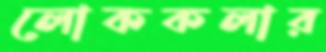
লোককলার